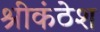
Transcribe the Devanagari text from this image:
श्रीकंठेश